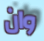
وان